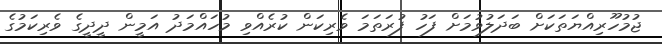
ޖުމުހޫރިއްޔަތަކަށް ބަދަލުވުމަށް ފަހު ފުރަތަމަ ވެރިކަން ކުރެއްވި މުހައްމަދު އަމީން ދީދީގެ ވެރިކަމުގެ